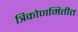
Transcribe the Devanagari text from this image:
त्रिकोणमितीत